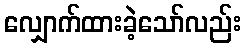
လျှောက်ထားခဲ့သော်လည်း